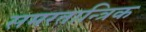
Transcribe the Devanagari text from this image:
समरतान्त्रिक